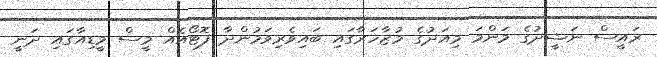
ރައީސް ނަޝީދުގެ މަންމަ މިއަދުގެ މުޒާހަރާގައި ބައިވެރިވަމުންދާ ފޮޓޯއެއް މީސް މީޑިއާގައި ދަނީ